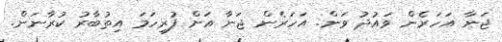
ޖަނާ އަހަރެން ވައުދު ވަން. އަހަރެން ޖަނާ އަށް ފުރިހަމަ އިތުބާރު ކުރާނަން.